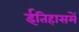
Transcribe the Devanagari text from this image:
ईतिहासमें